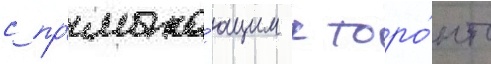
с пр'имыка́ющим к торо́нто